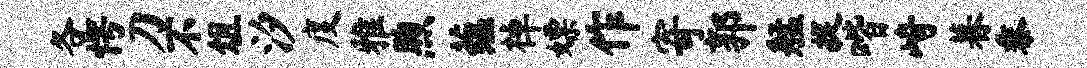
各愕刀不俎汐度雅煦蕴棹嫖作寄郭艋捉喈崎暮黍